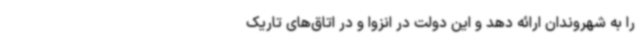
را به شهروندان ارائه دهد و این دولت در انزوا و در اتاق‌های تاریک